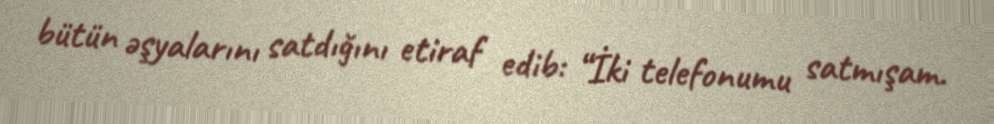
bütün əşyalarını satdığını etiraf edib: “İki telefonumu satmışam.